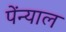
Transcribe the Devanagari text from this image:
पेंन्याल